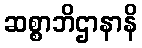
ဆစ္စာဘိဌာနာနိ